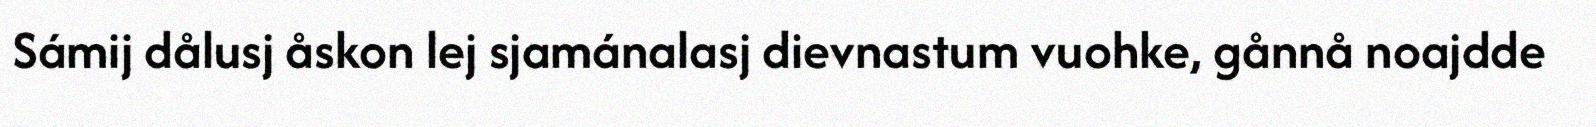
Sámij dålusj åskon lej sjamánalasj dievnastum vuohke, gånnå noajdde